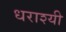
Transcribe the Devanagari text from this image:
धराश्यी